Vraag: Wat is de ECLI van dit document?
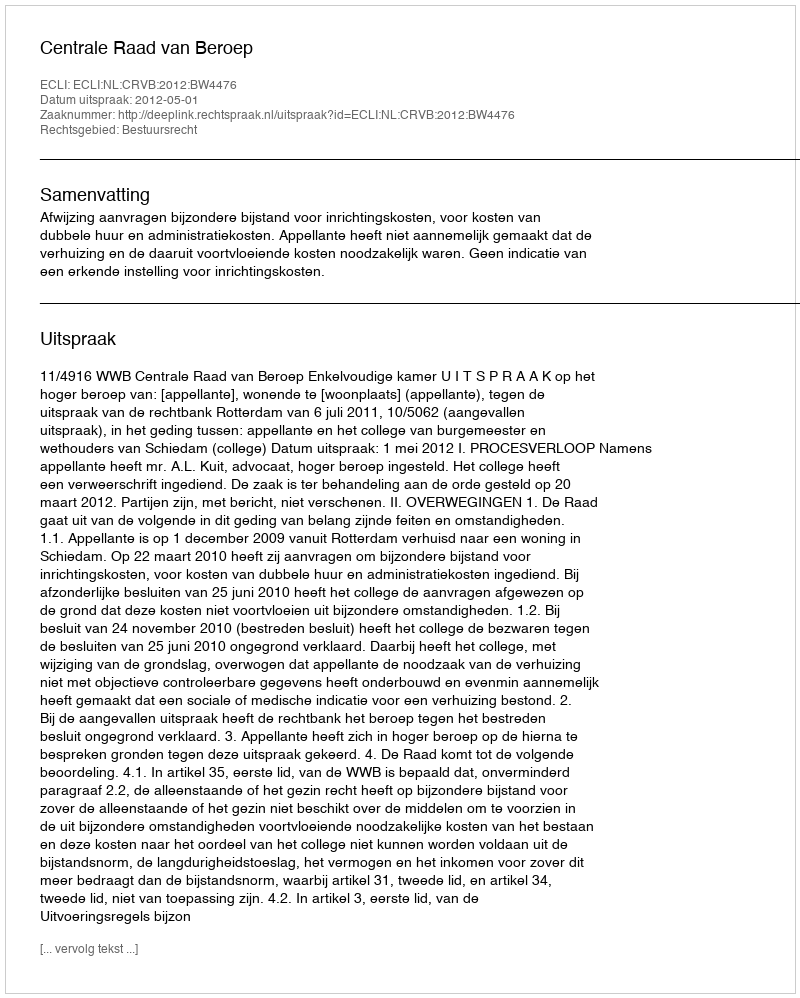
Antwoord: ECLI:NL:CRVB:2012:BW4476